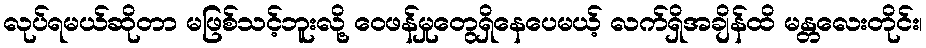
လုပ်ရမယ်ဆိုတာ မဖြစ်သင့်ဘူးလို့ ဝေဖန်မှုတွေရှိနေပေမယ့် လက်ရှိအချိန်ထိ မန္တလေးတိုင်း၊